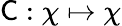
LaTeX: {\mathsf{C}}:\chi\mapsto\chi